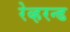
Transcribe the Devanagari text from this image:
रेव्हरन्ड